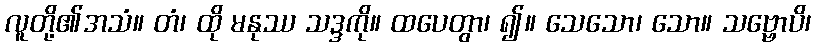
လူတို့၏အသံ။ တံ၊ ထို မနုဿ သဒ္ဒကို။ ထပေတွာ၊ ၍။ သေသော၊ သော။ သဗ္ဗောပိ၊